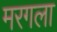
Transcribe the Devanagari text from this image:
मरगला